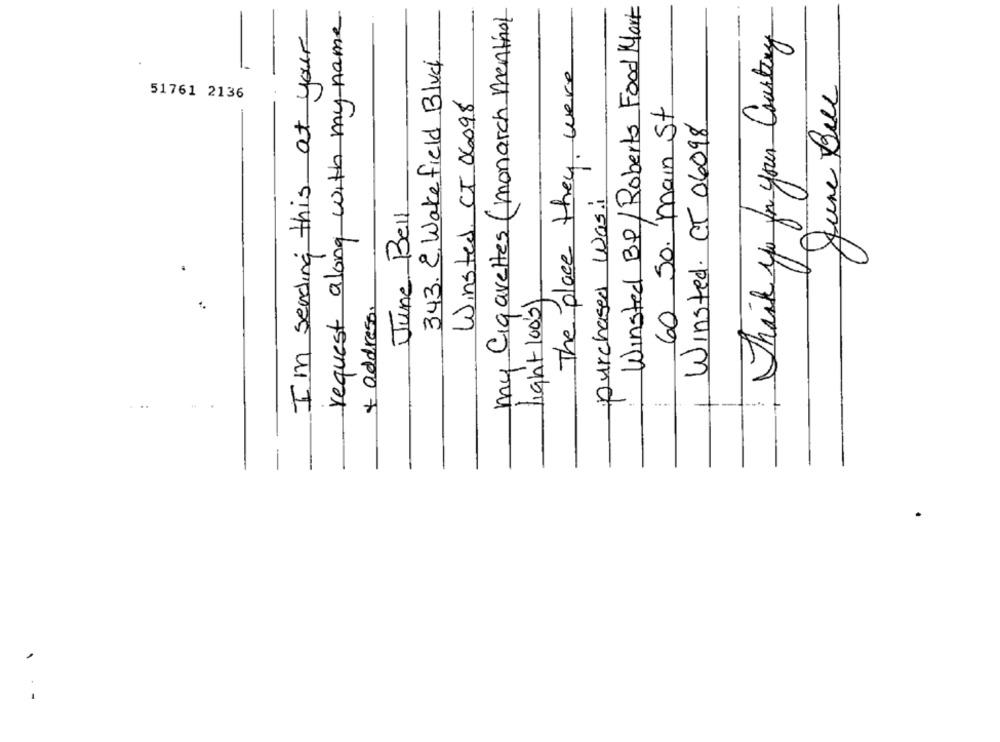
my Cigarettes (monarch mentnot
Winsted BP/Roberts Food Mart
request along with my name
I'm sending this at your
Thank you for your Country
343. 2, Wake field Bluch
The place they were
June Buc
51761 2136
Winsted, CT 06098
60 50. main St
Winsted. CT 06098
purchased was:
June Bell
19h+ 1005 )
+ address.